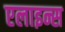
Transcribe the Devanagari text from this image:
एलाइन्स